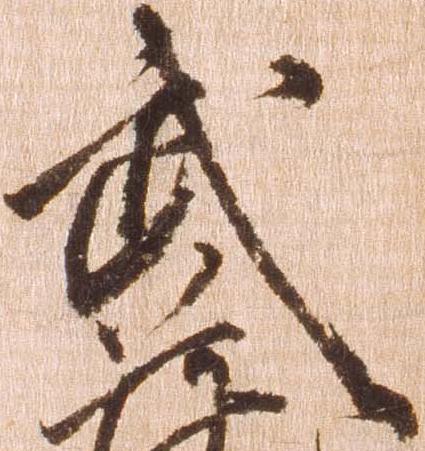
武